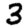
Digit: 3